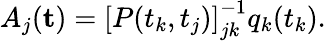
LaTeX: A_{j}(\mathbf{t})=\left[P(t_{k},t_{j})\right]_{jk}^{-1}q_{k}(t_{k}).